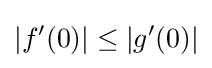
\displaystyle {|f^{\prime }(0)|\leq |g^{\prime }(0)|}